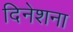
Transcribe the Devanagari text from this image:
दिनेशना